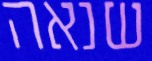
שנאה